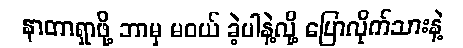
နာတာရှာဖို့ ဘာမှ မဝယ် ခဲ့ပါနဲ့လို့ ပြောလိုက်သားနဲ့